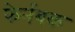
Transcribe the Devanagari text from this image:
फेर्नबक